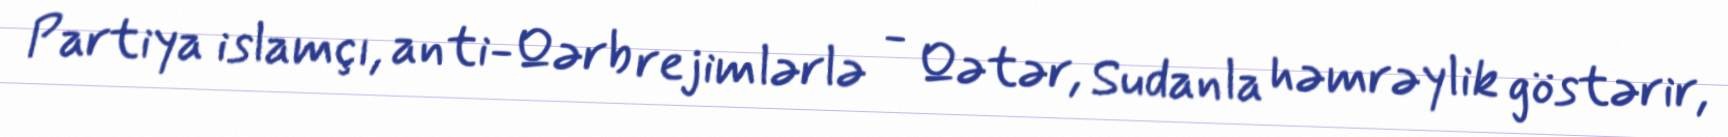
Partiya islamçı, anti-Qərb rejimlərlə - Qətər, Sudanla həmrəylik göstərir,